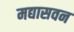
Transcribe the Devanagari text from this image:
मद्यासवन